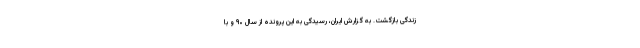
زندگی بازگشت. به گزارش ایران، رسیدگی به این پرونده از سال ۹۰ و با